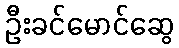
ဦးခင်မောင်ဆွေ